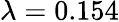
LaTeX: \lambda=0.154